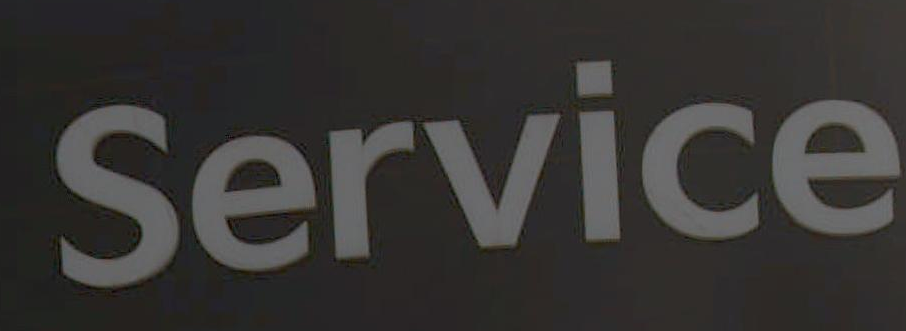
Service